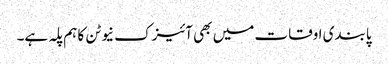
پابندی اوقات میں بھی آئیزک نیوٹن کا ہم پلہ ہے۔